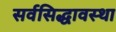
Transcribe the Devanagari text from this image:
सर्वसिद्धावस्था